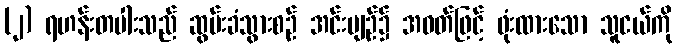
(၂) ရဟန်းတပါးသည် ဆွမ်းခံသွားစဉ် အင်းပျဉ်၌ အဝတ်ဖြင့် ဖုံးထားသော သူငယ်ကို